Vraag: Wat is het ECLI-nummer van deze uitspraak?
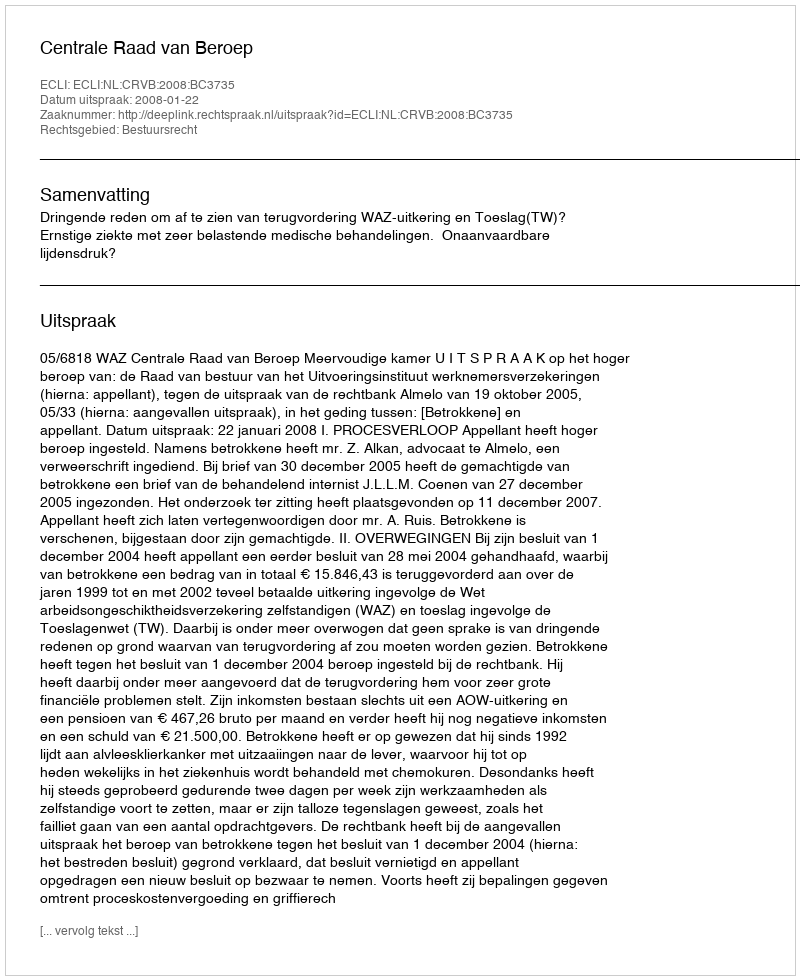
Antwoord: ECLI:NL:CRVB:2008:BC3735